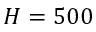
H = 5 0 0